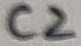
Text: C2